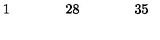
\begin{array} { c c c c c c c c c c c c c c c c c } { 1 } & { } & { } & { } & { 2 8 } & { } & { } & { } & { 3 5 } & { } & { } & { } & { } & { } & { } & { } & { } \\ \end{array}